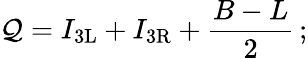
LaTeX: \mathcal{Q}=I_{\mathrm{{{3L}}}}+I_{\mathrm{{{3R}}}}+{\frac{{B-L}}{{2}}}\, ;